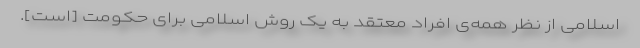
اسلامی از نظر همه‌ی افراد معتقد به یک روش اسلامی برای حکومت [است].